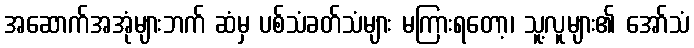
အဆောက်အအုံများဘက် ဆံမှ ပစ်သံခတ်သံများ မကြားရတော့၊ သူ့လူများ၏ အော်သံ